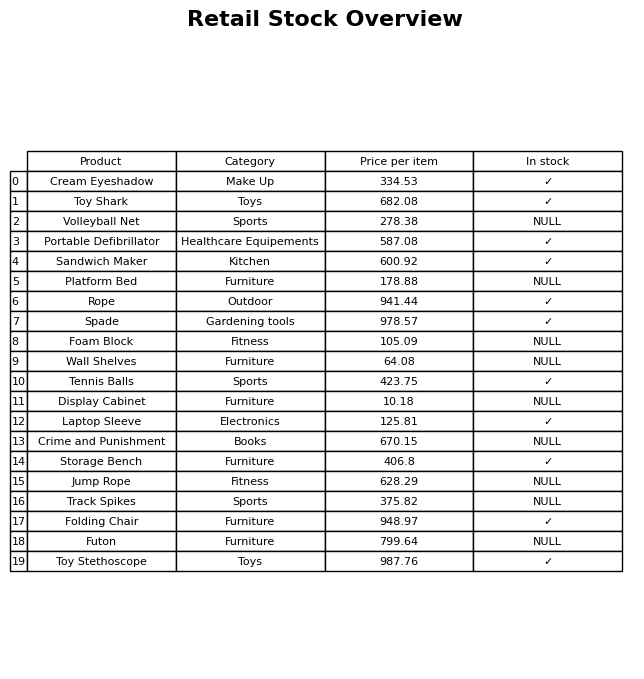
question: What category does the Platform Bed belong to?
answer: Furniture